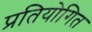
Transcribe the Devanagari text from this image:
प्रतियोगित